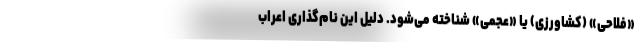
«فلاحی» (کشاورزی) یا «عجمی» شناخته می‌شود. دلیل این نام‌گذاری اعراب